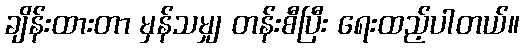
ချိန်းထားတာ မှန်သမျှ တန်းစီပြီး ရေးထည့်ပါတယ်။